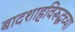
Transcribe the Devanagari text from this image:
बादशाहविरूद्धच्या